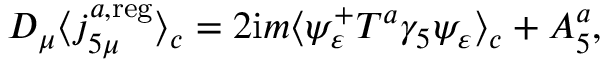
D _ { \mu } \langle j _ { 5 \mu } ^ { a , \mathrm { r e g } } \rangle _ { c } = 2 \mathrm { i } m \langle \psi _ { \varepsilon } ^ { + } T ^ { a } \gamma _ { 5 } \psi _ { \varepsilon } \rangle _ { c } + { \cal A } _ { 5 } ^ { a } ,